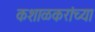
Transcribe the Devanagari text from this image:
कशाळकरांच्या